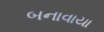
બનાવાયા